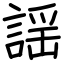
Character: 謡